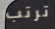
ترتب